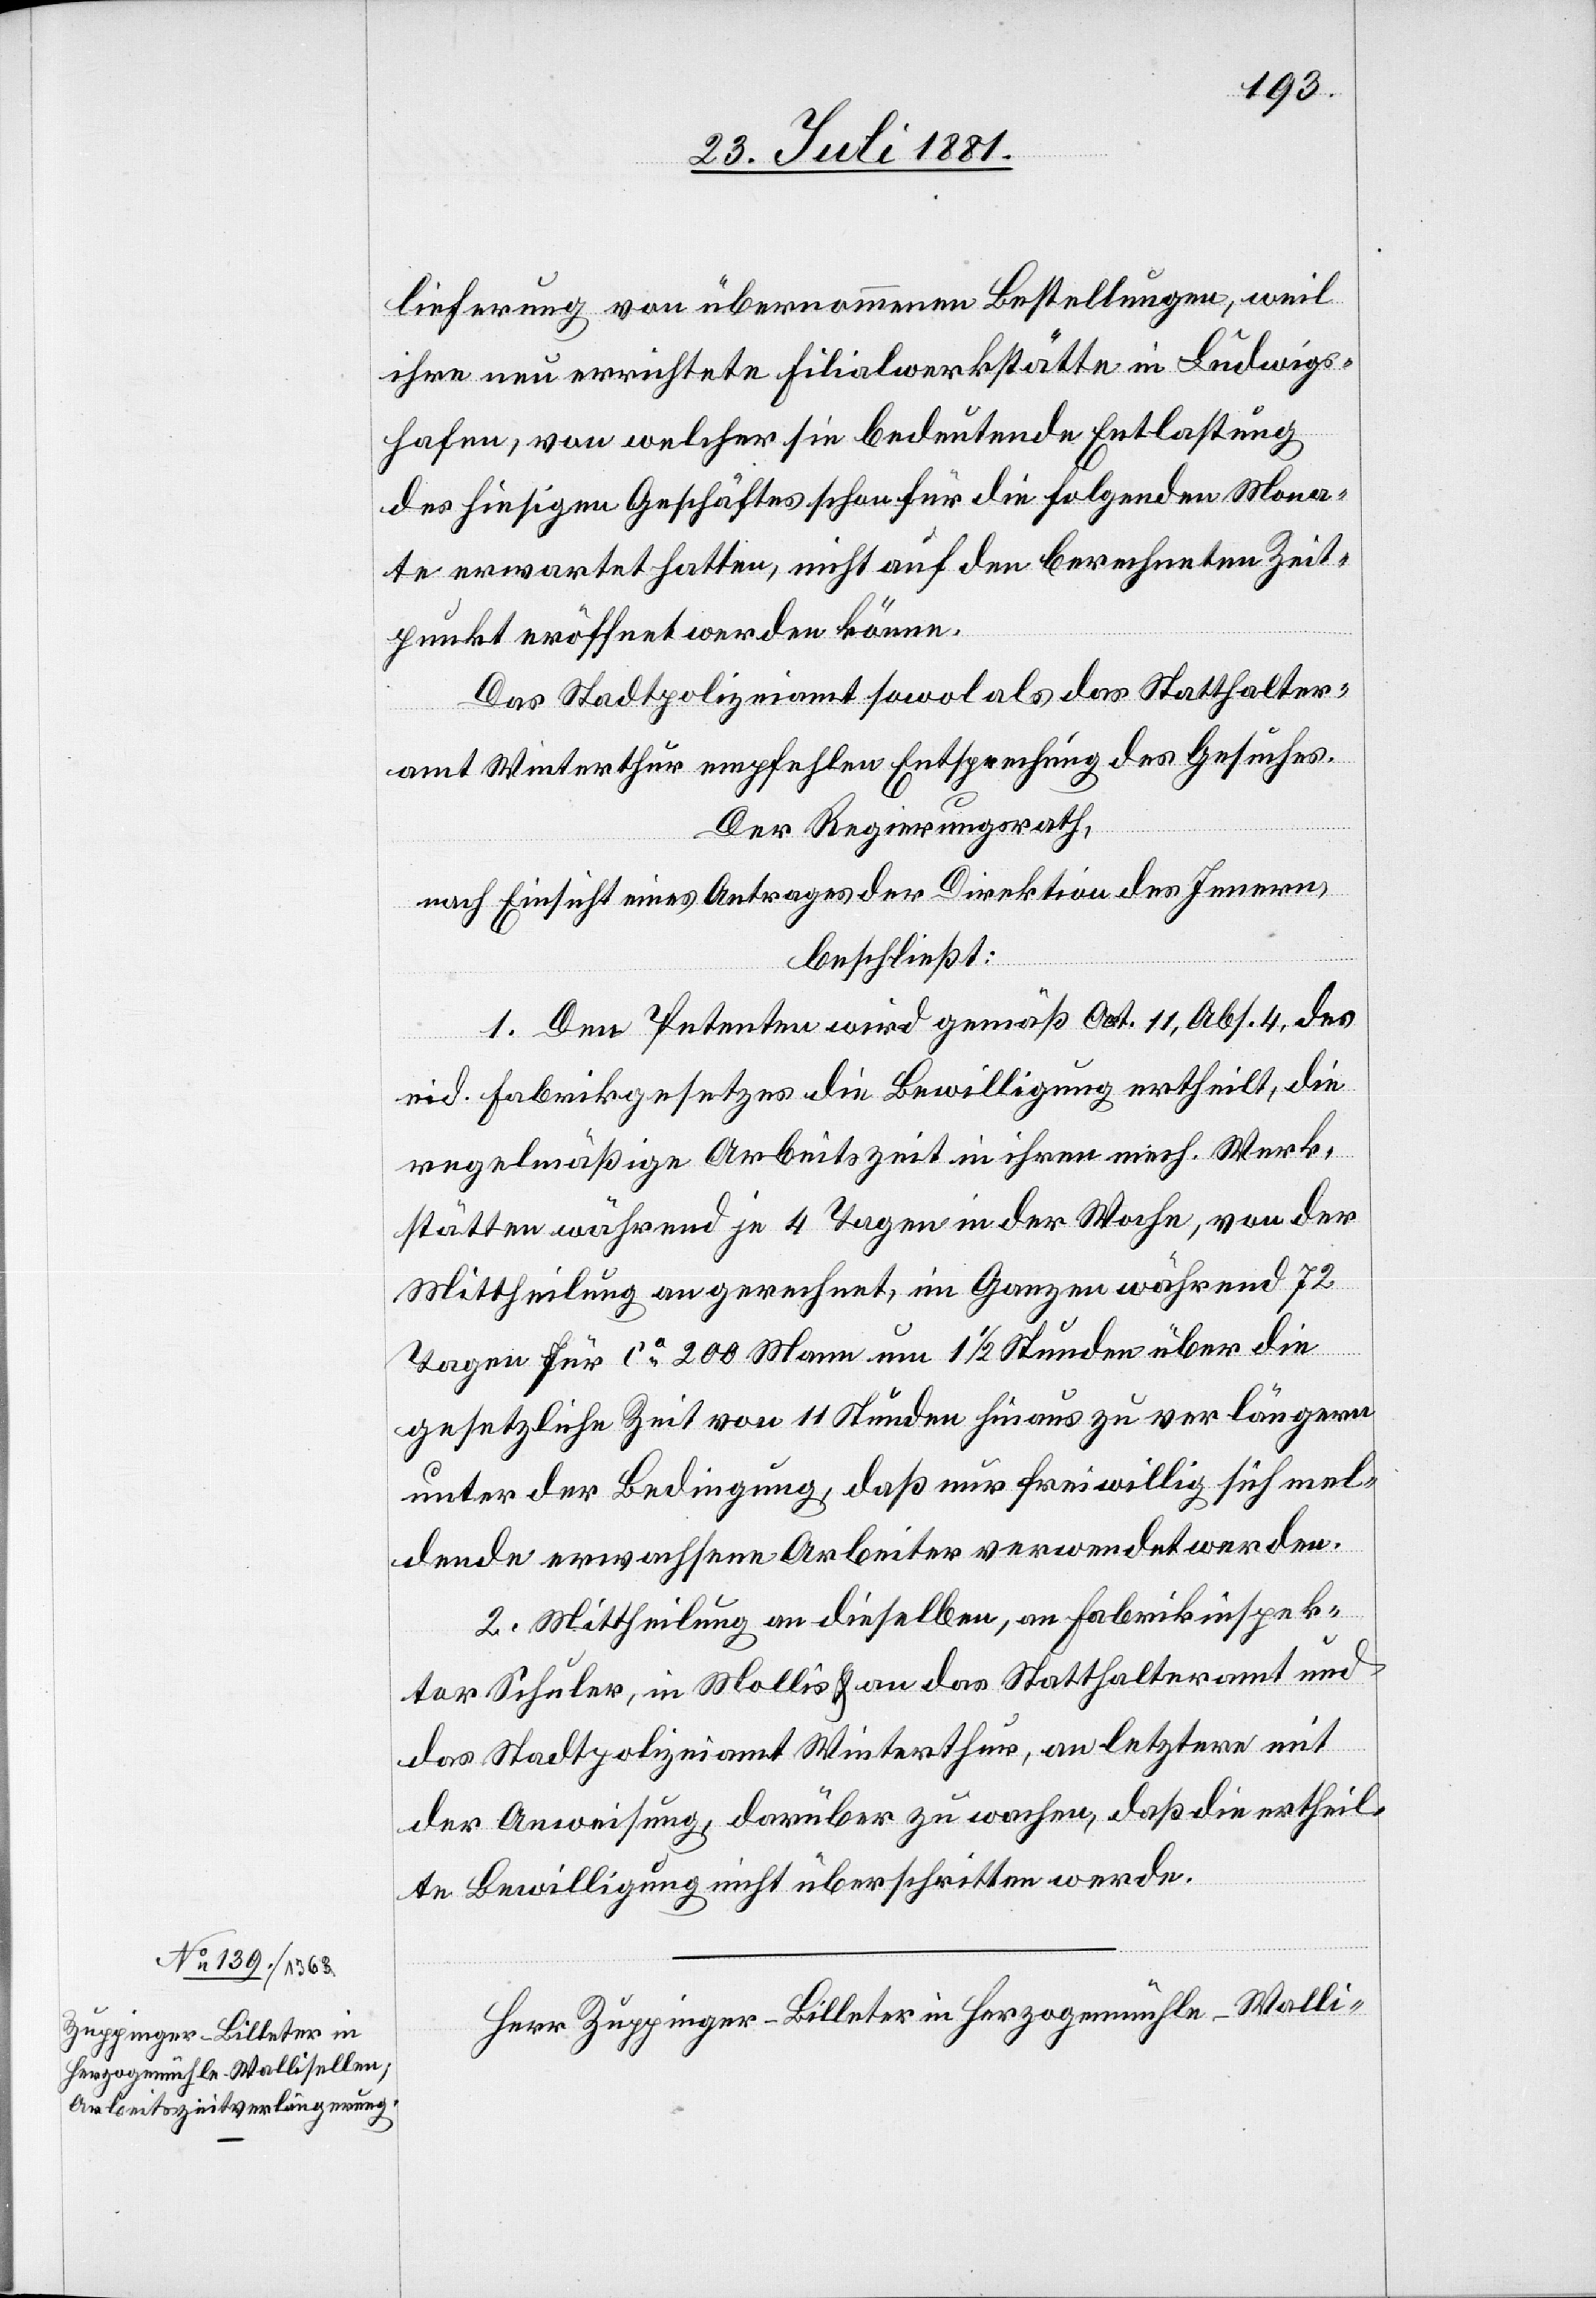
lieferug von übernommenen Bestellungen, weil
ihre nun errichtete Filialwerkstätte in Ludwigs¬
hafen, von welcher sie bedeutende Entlastung
des hiesigen Geschäftes schon für die folgenden Mona¬
te erwartet hatten, nicht auf den berechneten Zeit¬
punkt eröffnet werden könne.
Das Stadtpolizeiamt sowol als das Statthalter¬
amt Winterthur empfehlen Entsprechung des Gesuches.
Der Regierungsrath,
nach Einsicht eines Antrages der Direktion des Innern,
beschließt:
1. Den Petenten wird gemäß Art. 11, Abs. 4, des
eid. Fabrikgesetzes die Bewilligung ertheilt, die
regelmäßige Arbeitszeit in ihren mech. Werk¬
stätten während je 4 Tagen in der Woche, von der
Mittheilung an gerechnet, im Ganzen während 72
Tagen für ca 200 Mann um 1 1/2 Stunden über die
gesetzliche Zeit von 11 Stunden hinaus zu verlängern
unter der Bedingung, daß nur freiwillig sich mel¬
dende erwachsene Arbeiter verwendet werden.
2. Mittheilung an dieselben, an Fabrikinspek¬
tor Schuler, in Mollis & an das Statthalteramt und
das Stadtpolizeiamt Winterthur, an letztere mit
der Anweisung, darüber zu wachen, daß die ertheil¬
te Bewilligung nicht überschritten werde.
Herr Zuppinger-Billeter in Herzogenmühle - Walli-